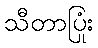
သီတာပြုံး